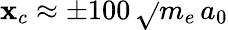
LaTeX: \mathbf{x}_{c}\approx\pm100\, \sqrt{}{{m_{e}}}\, a_{0}